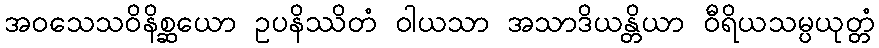
အဝသေသဝိနိစ္ဆယော ဥပနိဿိတံ ဝါယသာ အသာဒိယန္တိယာ ဝီရိယသမ္ပယုတ္တံ